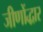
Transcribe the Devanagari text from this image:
जीणोंद्धार